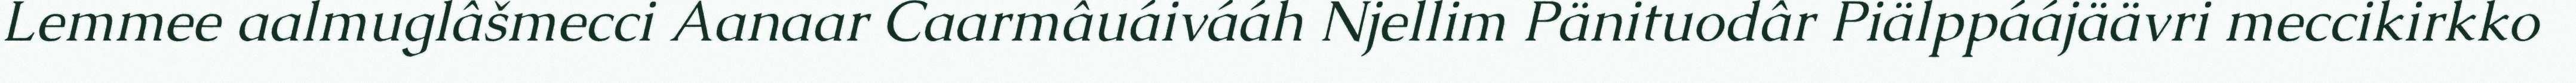
Lemmee aalmuglâšmecci Aanaar Caarmâuáivááh Njellim Pänituodâr Piälppáájäävri meccikirkko